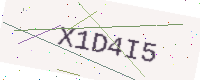
Text: X1D4I5